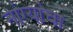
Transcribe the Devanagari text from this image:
नांग्यांचा